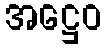
အဋ္ဌေဝ